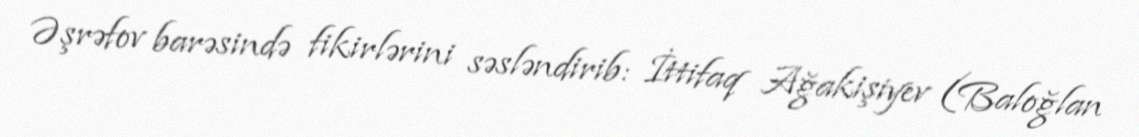
Əşrəfov barəsində fikirlərini səsləndirib: İttifaq Ağakişiyev (Baloğlan